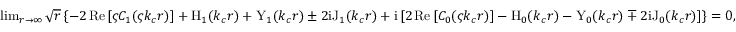
\begin{array} { r } { \operatorname* { l i m } _ { r \rightarrow \infty } \sqrt { r } \left\{ - 2 \, \mathrm { R e } \left[ \varsigma C _ { 1 } ( \varsigma k _ { c } r ) \right] + \mathrm { H } _ { 1 } ( k _ { c } r ) + \mathrm { Y } _ { 1 } ( k _ { c } r ) \pm 2 \mathrm { i } \mathrm { J } _ { 1 } ( k _ { c } r ) + \mathrm { i } \left[ 2 \, \mathrm { R e } \left[ C _ { 0 } ( \varsigma k _ { c } r ) \right] - \mathrm { H } _ { 0 } ( k _ { c } r ) - \mathrm { Y } _ { 0 } ( k _ { c } r ) \mp 2 \mathrm { i } \mathrm { J } _ { 0 } ( k _ { c } r ) \right] \right\} = 0 , } \end{array}